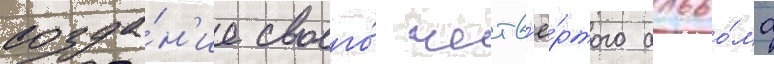
созда́н'ие своего́ четв'ё́ртого альбо́ма